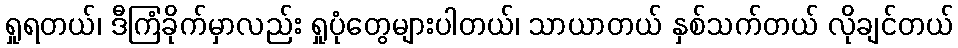
ရှုရတယ်၊ ဒီကြံခိုက်မှာလည်း ရှုပုံတွေများပါတယ်၊ သာယာတယ် နှစ်သက်တယ် လိုချင်တယ်